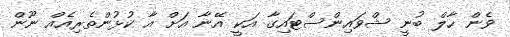
ވެން ހާލް ބުނީ ޝްވައިންސްޓައިގާ އަކީ އޭނާ އަށް އާ ކުޅުންތެރިއެއް ނޫން